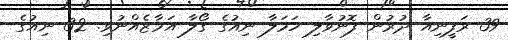
39 ރަފީނިއާ ދުރުން ފޮނުވާލި ހަމަލާ ނިއުގެ ގޯލާ އަމާޒެއްނުވި. 32 ނިއުގެ